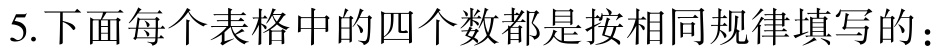
5.下面每个表格中的四个数都是按相同规律填写的：